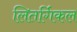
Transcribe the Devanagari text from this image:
लितर्गिकल